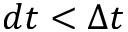
d t < \Delta t